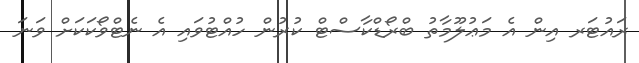
ރައުޓަރ އިން އެ މަޢުލޫމާތު ބްރޯޑްކާސްޓް ކުރުން ހުއްޓުވައި އެ ނެޓްވޯކަކަށް ވަނަ